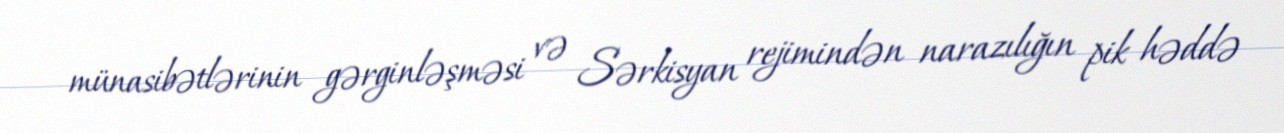
münasibətlərinin gərginləşməsi və Sərkisyan rejimindən narazılığın pik həddə